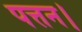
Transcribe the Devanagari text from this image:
पत्तन।